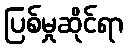
ပြစ်မှုဆိုင်ရာ